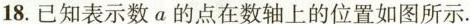
18.已知表示数α的点在数轴上的位置如图所示。